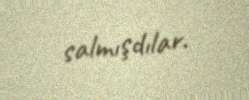
salmışdılar.